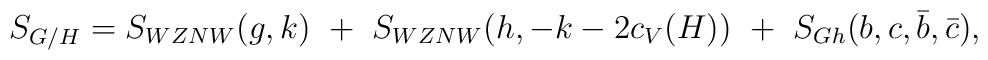
S_{G/H}=S_{WZNW}(g,k)~+~S_{WZNW}(h,-k-2c_V(H))~+~S_{Gh}(b,c,\bar b,\bar c),